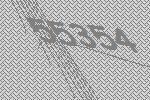
55354